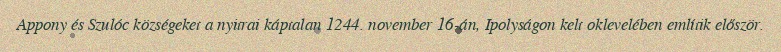
Appony és Szulóc községeket a nyitrai káptalan 1244. november 16-án, Ipolyságon kelt oklevelében említik először.